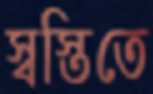
স্বস্তিতে